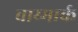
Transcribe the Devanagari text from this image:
वाय्मार्क